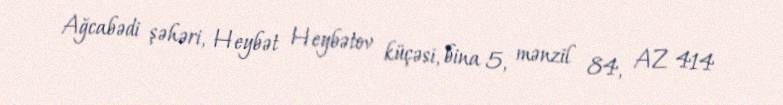
Ağcabədi şəhəri, Heybət Heybətov küçəsi, bina 5, mənzil 84, AZ 414